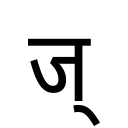
OCR:
ज्